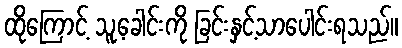
ထိုကြောင့် သူ့ခေါင်းကို ခြင်းနှင့်သာပေါင်းရသည်။